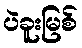
ပဲခူးမြစ်